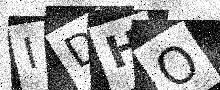
Text: IDHO